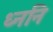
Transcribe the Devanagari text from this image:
ध्ननि